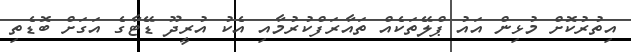
އިތުރުކޮށް މުޅިން އައު ޕްލޭތަކެއް ތައާރަފްކުރުމާއި އެކު އުރީދޫ ޑޭޓާގެ އަގަށް ބޮޑެތި